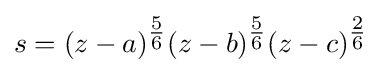
s=(z-a)^{\tfrac {5}{6}}(z-b)^{\tfrac {5}{6}}(z-c)^{\tfrac {2}{6}}